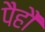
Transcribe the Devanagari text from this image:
पैहौं